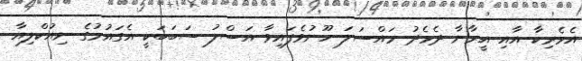
އެމެރިކާ އާއި އީރާނާ ދެމެދު މައްސަލަ ހޫނުވެފައިވާ އަސްލު ސަބަބަކީ އެގައުމުގެ ނިއުކްލިއާ